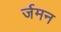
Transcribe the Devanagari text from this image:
र्जमन